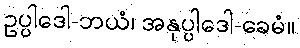
ဥပ္ပါဒေါ-ဘယံ၊ အနုပ္ပါဒေါ-ခေမံ။